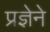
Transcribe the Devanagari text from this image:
प्रज्ञेने